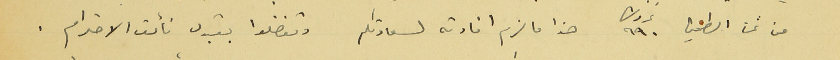
من ثمن الطحين ٩٩٠ غروش هذا ما لزم افادته لسعادتكم وتفضلوا بقبول فائق الاحترام .